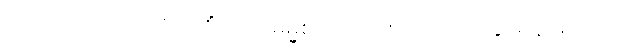
၆-ပါ-၃၈၉၊ အရတိ ဝိတိံသ အဓမ္မစရိယာသုံးပါးကို ပယ်နိုင်ရန် မုဒိတာ